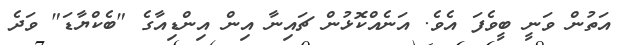
އަތުން ވަނީ ބީވެފަ އެވެ. އަނެއްކޮޅުން ޗައިނާ އިން އިންޑިއާގެ "ބެކްޔާޑަ" ވަދެ